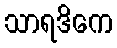
သာရဒိကေ